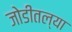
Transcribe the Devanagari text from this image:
जोडीतल्या